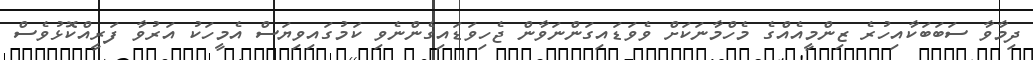
ދިމާވާ ސަބަބަކާއިހުރެ ޒިންމީއެއްގެ މެހްމާނަކަށް ވެވަޑައިގަންނަވާން ޖެހިވަޑައިގެންނެވި ކަމުގައިވިޔަސް އެމީހަކު އަރުވާ ފަރީއްކޮޅުވެސް